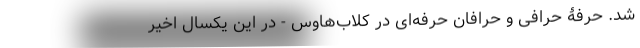
شد. حرفۀ حرّافی و حرّافان حرفه‌ای در کلاب‌هاوس - در این یکسال اخیر